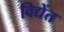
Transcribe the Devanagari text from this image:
विद्येंत